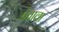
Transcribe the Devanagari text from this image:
घेताला